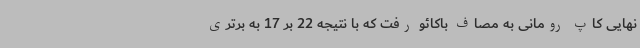
نهایی کاپ رومانی به مصاف باکائو رفت که با نتیجه 22 بر 17 به برتری